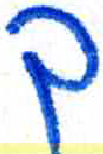
אות: ך